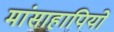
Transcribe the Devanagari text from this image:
मांसाहापियों